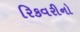
રિકવરીનો